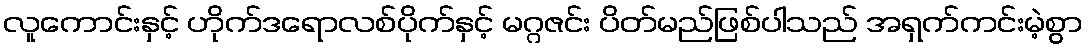
လူကောင်းနှင့် ဟိုက်ဒရောလစ်ပိုက်နှင့် မဂ္ဂဇင်း ပိတ်မည်ဖြစ်ပါသည် အရှက်ကင်းမဲ့စွာ